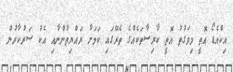
އިކްއެޑޯ އޮތީ މިވަގުތު އޮތީ ކާރިސާތަކެއްގެ ތެރޭގައި ކަމަށާ ރައްޔިތުންނާއި އެކު ސަރުކާރުން